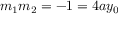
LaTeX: m _ { 1 } m _ { 2 } = - 1 = 4 a y _ { 0 }